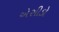
એસીડો